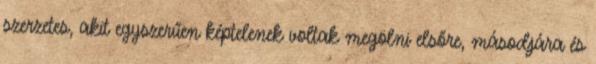
szerzetes, akit egyszerűen képtelenek voltak megölni elsőre, másodjára és